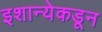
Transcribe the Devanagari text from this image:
इशान्येकडून